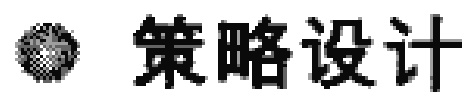
\textbullet 策略设计